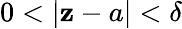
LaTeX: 0<\vert\mathbf{z}-a\vert<\delta